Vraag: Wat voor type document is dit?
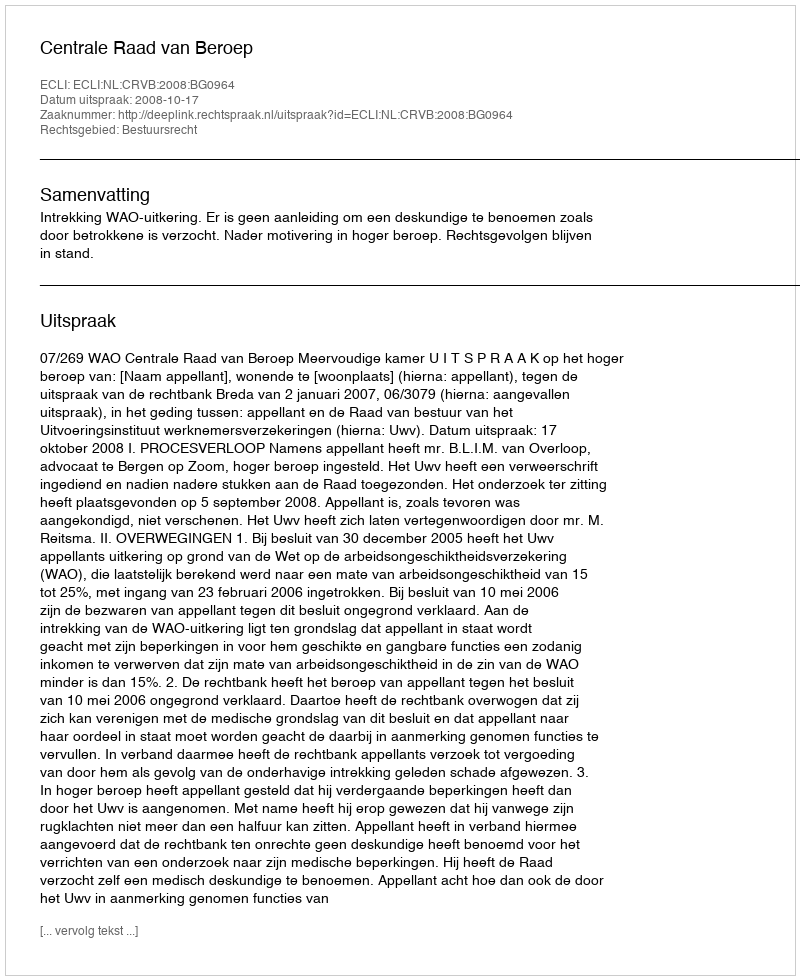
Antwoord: Uitspraak